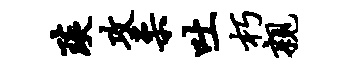
琰攻柔吐朽亲